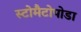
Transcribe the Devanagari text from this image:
स्टोमैटोपोडा